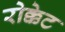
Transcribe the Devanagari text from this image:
रोक्केट